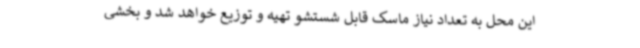
این محل به تعداد نیاز ماسک قابل شستشو تهیه و توزیع خواهد شد و بخشی